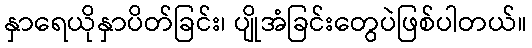
နှာရေယိုနှာပိတ်ခြင်း၊ ပျိုအံခြင်းတွေပဲဖြစ်ပါတယ်။